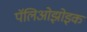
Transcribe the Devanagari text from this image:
पॅलिओझोइक